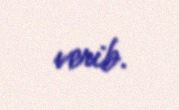
verib.